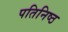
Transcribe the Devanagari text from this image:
पतिनिष्ठ